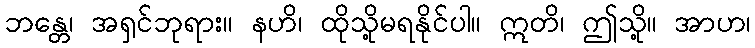
ဘန္တေ၊ အရှင်ဘုရား။ နဟိ၊ ထိုသို့မရနိုင်ပါ။ ဣတိ၊ ဤသို့။ အာဟ၊